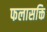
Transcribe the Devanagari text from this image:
फलासक्ति